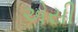
એસી